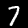
Label: 7